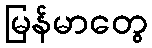
မြန်မာတွေ